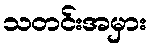
သတင်းအမှား